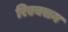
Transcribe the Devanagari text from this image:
रिएक्सन